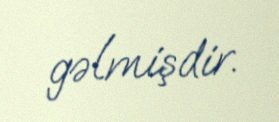
gəlmişdir.